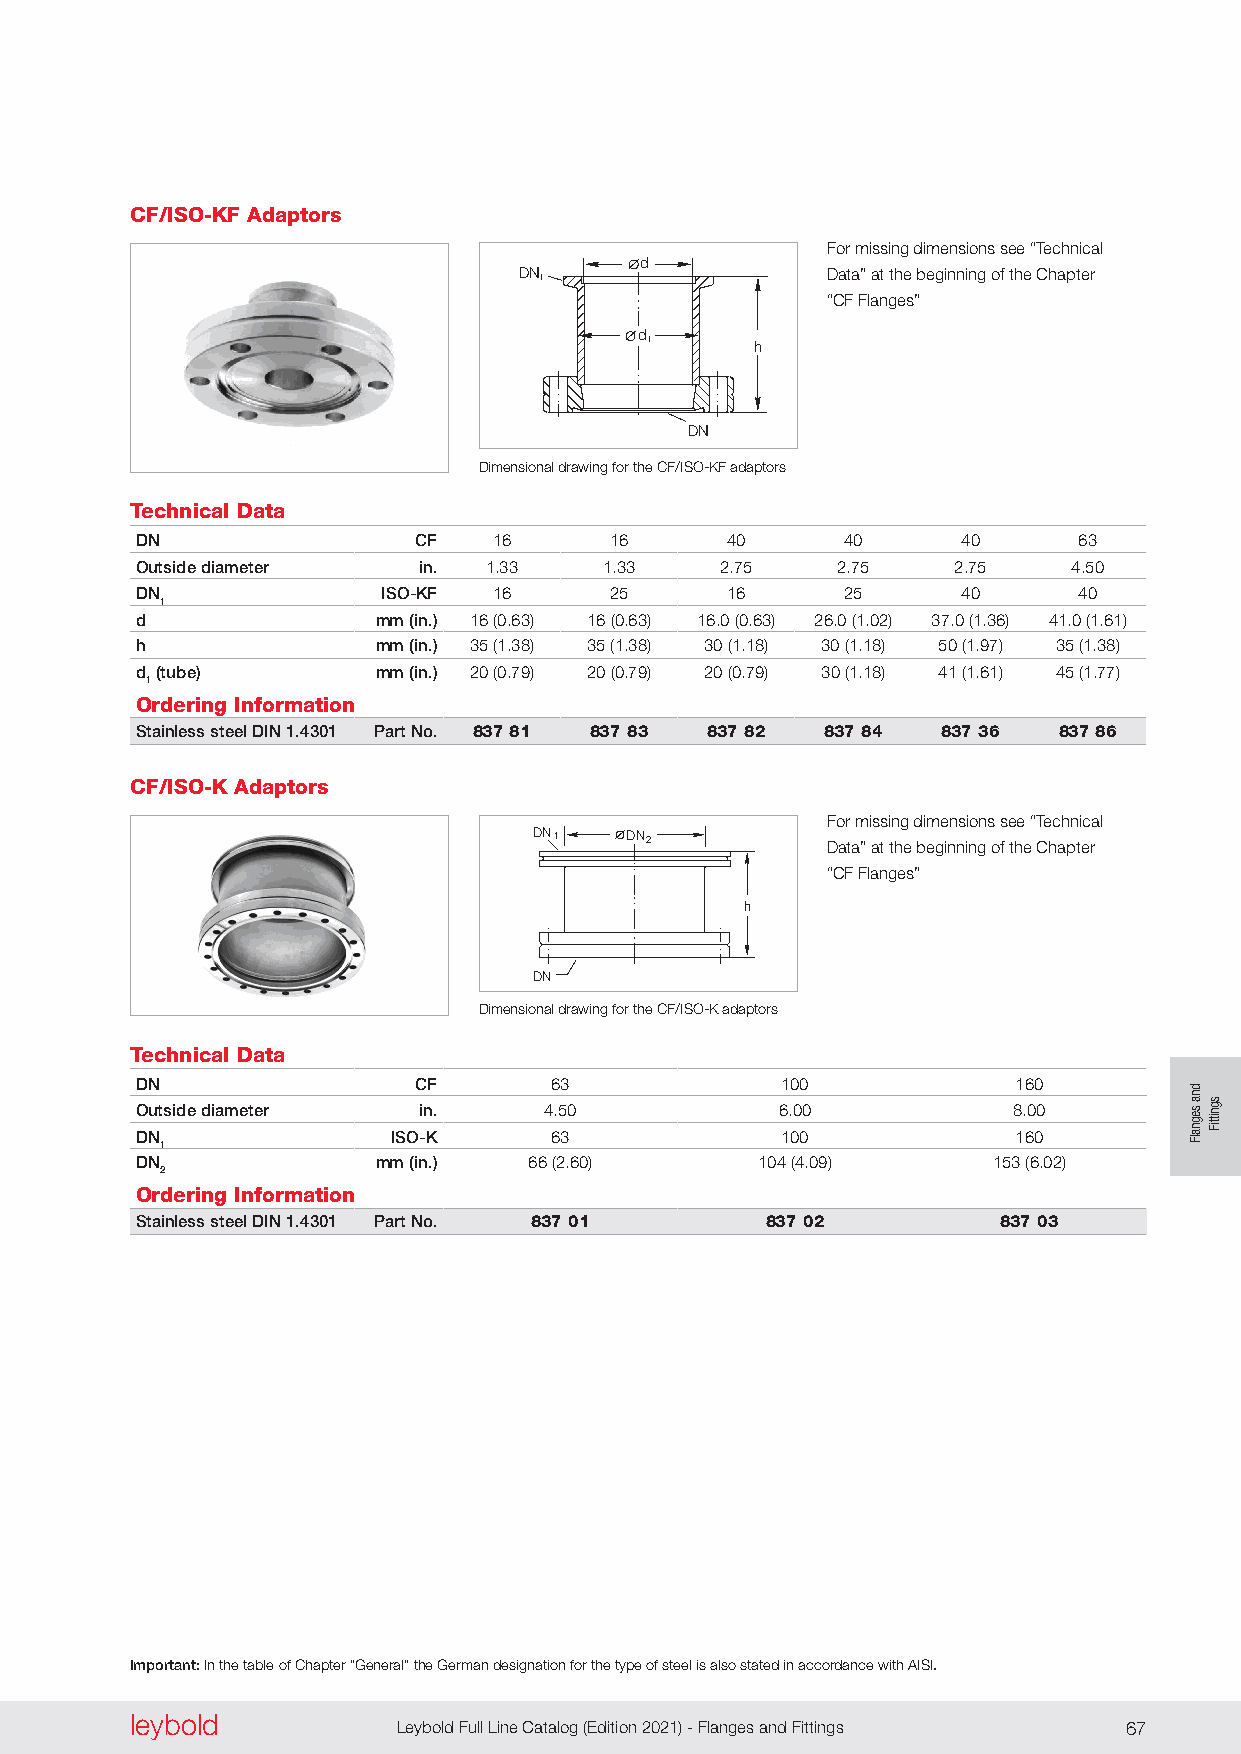
CF/ISO-KF Adaptors
 For missing dimensions see “Technical
 dd
 DN 1                 Data” at the beginning of the Chapter
 “CF Flanges”
 d
 1      h
 DN
 Dimensional drawing for the CF/ISO-KF adaptors
 Technical Data
 DN                CF    16     16      40      40      40     63
 Outside diameter   in. 1 .33   1 .33   2 .75  2 .75   2 .75   4 .50
 DN              ISO-KF  16     25      16      25      40     40
 1
 d               mm (in.) 16 (0 .63) 16 (0 .63) 16 .0 (0 .63) 26 .0 (1 .02) 37 .0 (1 .36) 41 .0 (1 .61)
 h               mm (in.) 35 (1 .38) 35 (1 .38) 30 (1 .18) 30 (1 .18) 50 (1 .97) 35 (1 .38)
 d (tube)        mm (in.) 20 (0 .79) 20 (0 .79) 20 (0 .79) 30 (1 .18) 41 (1 .61) 45 (1 .77)
 1
 Ordering Information
 Stainless steel DIN 1.4301 Part No. 837 81 837 83 837 82 837 84 837 36 837 86
 CF/ISO-K Adaptors
 For missing dimensions see “Technical
 DN1   DN2
 Data” at the beginning of the Chapter
 “CF Flanges”
 h
 DN
 Dimensional drawing for the CF/ISO-K adaptors
 Technical Data
 DN                CF       63              100            160
 Outside diameter   in.     4 .50           6 .00          8 .00
 DN               ISO-K     63              100            160
 1
 DN              mm (in.)  66 (2 .60)     104 (4 .09)     153 (6 .02)
 2
 Ordering Information
 Stainless steel DIN 1.4301 Part No. 837 01 837 02        837 03
 Important: In the table of Chapter “General” the German designation for the type of steel is also stated in accordance with AISI.
 leybold  leybold
 66 Leybold Full Line Catalog (Edition 2021) - Flanges and Fittings Leybold Full Line Catalog (Edition 2021) - Flanges and Fittings 67
 dna
 segnalF
 sgnittiF